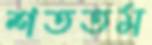
শততম